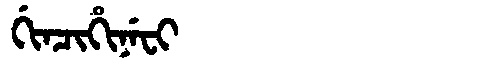
Manchu: ᡤᡳᠨᠴᡳᡥᡳᠨᡝᠸᡳ
Romanization: GINCIHINEFI